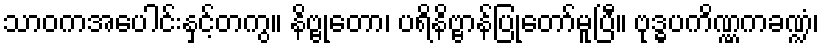
သာဝကအပေါင်းနှင့်တကွ။ နိဗ္ဗုတော၊ ပရိနိဗ္ဗာန်ပြုတော်မူပြီ။ ဗုဒ္ဓပကိဏ္ဏကခဏ္ဍံ၊